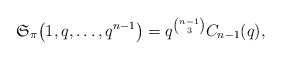
\begin{align*}\mathfrak{S}_{\pi}\big(1,q, \ldots,q^{n-1}\big)=q^{n-1 \choose 3} C_{n-1}(q),\end{align*}